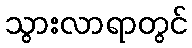
သွားလာရာတွင်